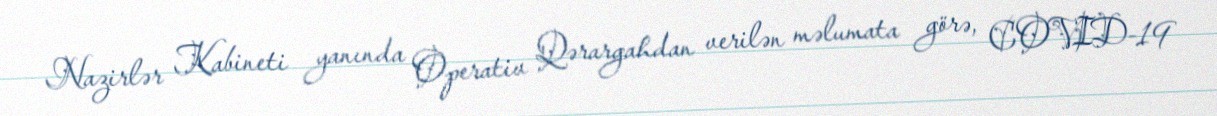
Nazirlər Kabineti yanında Operativ Qərargahdan verilən məlumata görə, COVID-19